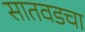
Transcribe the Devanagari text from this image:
सातवडचा